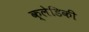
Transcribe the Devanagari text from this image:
क्लेडिकी